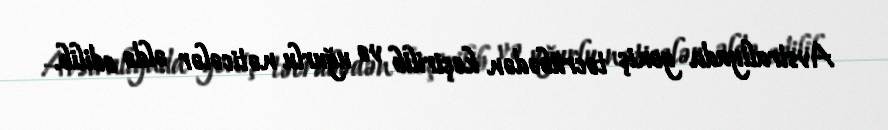
Avstraliyada geniş təcrübədən keçirilib və uğurlu nəticələr əldə edilib.